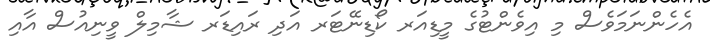
އެހެންނަމަވެސް މި އިވެންޓުގެ މީޑިއަރ ކޯޑިނޭޓަރ އަދި ރައިޑަރ ޝާމިލް ވީނިއުސް އާއި